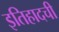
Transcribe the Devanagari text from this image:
इतिहादची